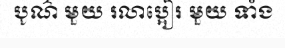
បូណ៌ មួយ រលាប្អៀរ មួយ ទាំង